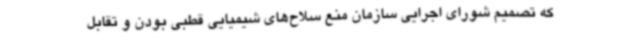
که تصمیم شورای اجرایی سازمان منع سلاح‌های شیمیایی قطبی بودن و تقابل